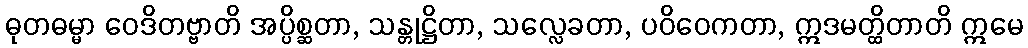
ဓုတဓမ္မာ ဝေဒိတဗ္ဗာတိ အပ္ပိစ္ဆတာ, သန္တုဋ္ဌိတာ, သလ္လေခတာ, ပဝိဝေကတာ, ဣဒမတ္ထိတာတိ ဣမေ